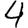
Digit: 4